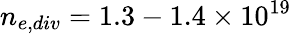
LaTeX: n_{e,div}=1.3-1.4\times 10^{19}